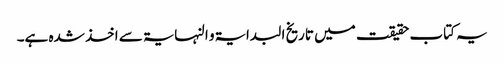
یہ کتاب حقیقت میں تاریخ البدایۃ و النہایۃ سے اخذ شدہ ہے۔